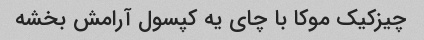
چیزکیک موکا با چای یه کپسول آرامش بخشه